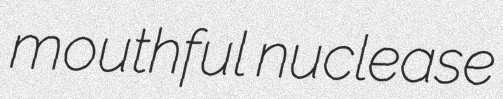
mouthful nuclease